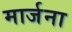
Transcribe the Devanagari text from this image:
मार्जना